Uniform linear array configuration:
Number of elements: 32
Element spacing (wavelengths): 0.5
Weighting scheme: exponential
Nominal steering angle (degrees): -30
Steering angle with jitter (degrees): -30.445
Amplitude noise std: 0.05
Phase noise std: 0.05

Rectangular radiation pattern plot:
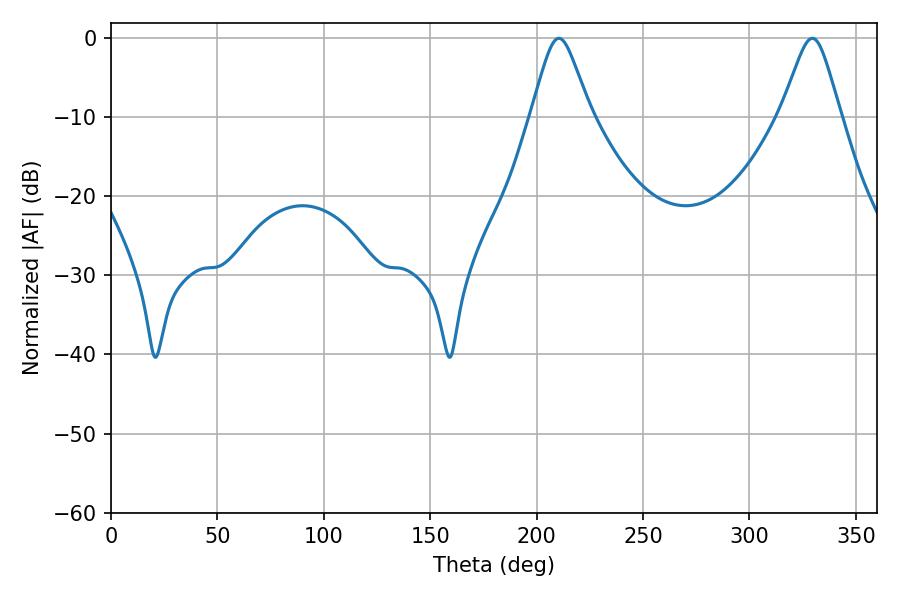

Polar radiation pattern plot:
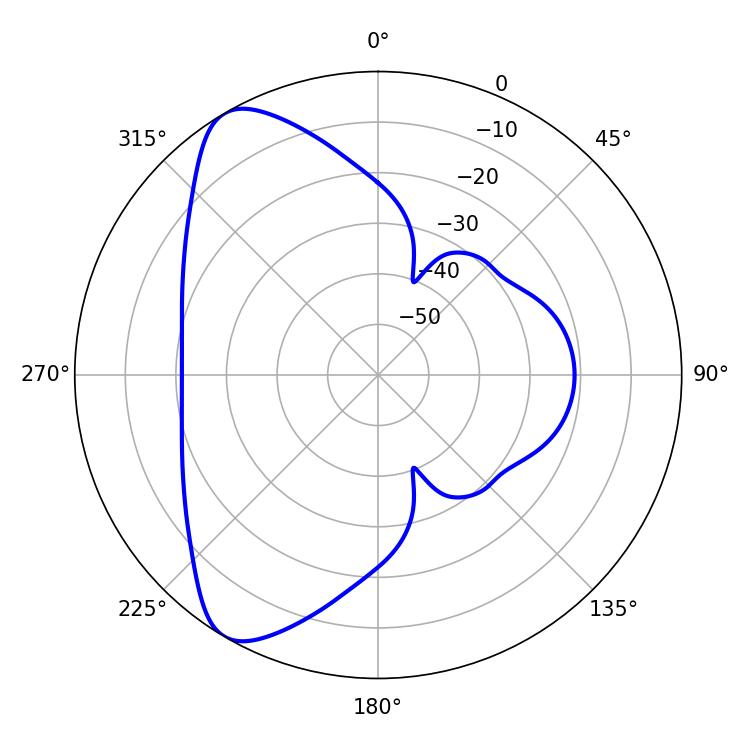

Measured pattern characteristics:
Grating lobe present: FALSE
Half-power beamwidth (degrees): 13.32
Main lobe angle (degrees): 210.42